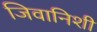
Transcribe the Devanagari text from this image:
जिवानिशी